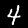
Digit: 4